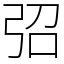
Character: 弨